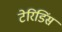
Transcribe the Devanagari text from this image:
टेरिडिंस